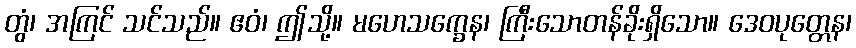
တွံ၊ အကြင် သင်သည်။ ဧဝံ၊ ဤသို့။ မဟေသက္ခေန၊ ကြီးသောတန်ခိုးရှိသော။ ဒေဝပုတ္တေန၊